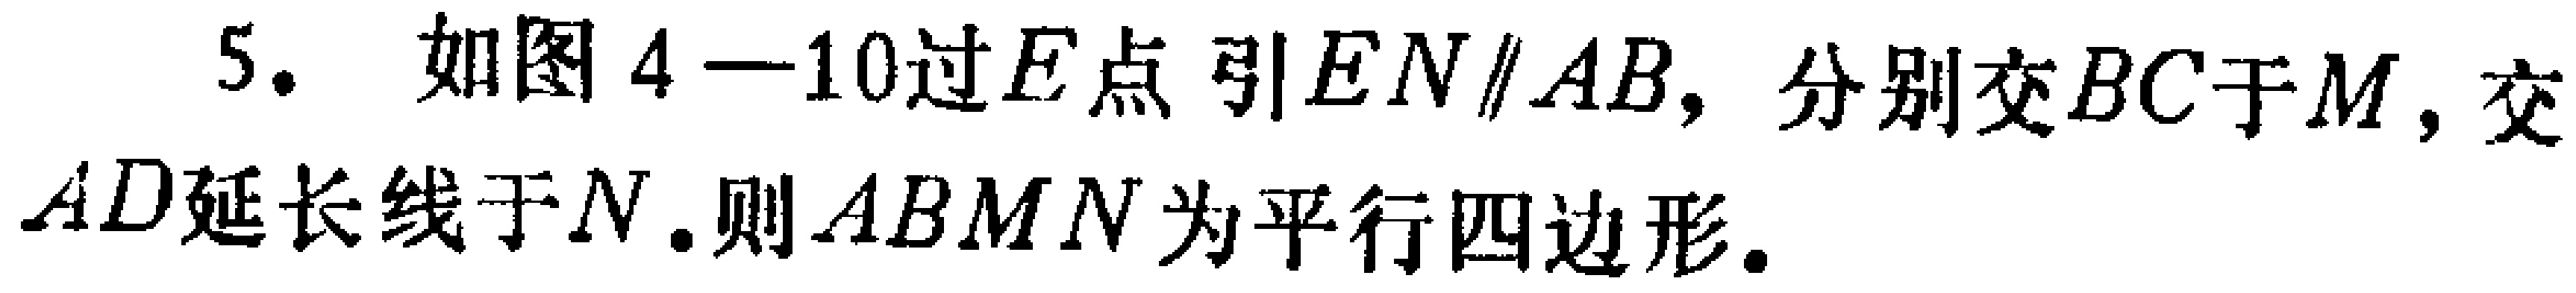
5. 如图4—10过\(E\)点引\(EN\parallel AB\)，分别交\(BC\)于\(M\)，交\(AD\)延长线于\(N\).则\(ABMN\)为平行四边形.